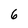
Character: 6